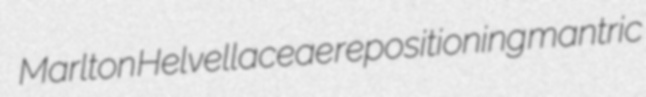
Marlton Helvellaceae repositioning mantric